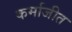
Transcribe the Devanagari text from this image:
कर्माजीत